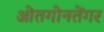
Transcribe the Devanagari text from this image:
ओतगोनतेंगर